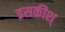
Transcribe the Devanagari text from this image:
इसकीश्